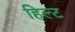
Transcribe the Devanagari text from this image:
हिल्ट